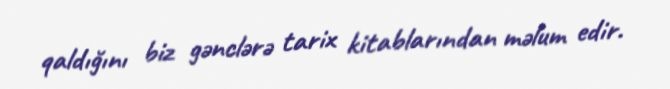
qaldığını biz gənclərə tarix kitablarından məlum edir.